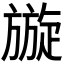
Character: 𭥄